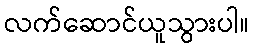
လက်ဆောင်ယူသွားပါ။